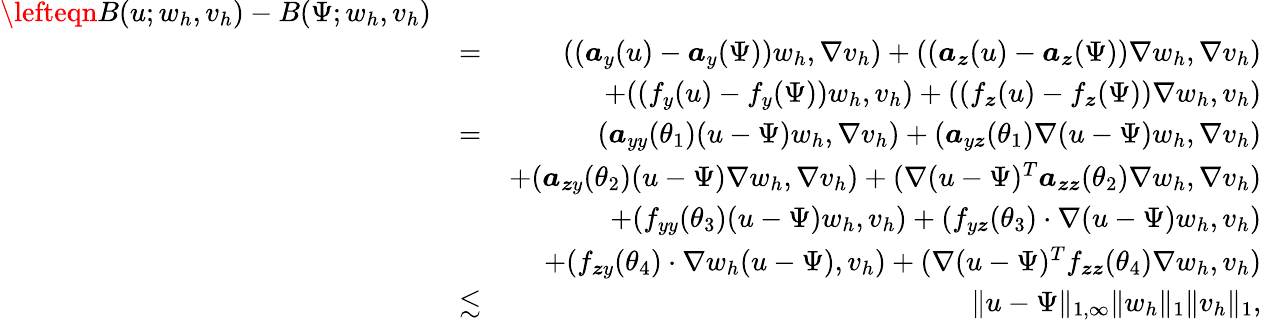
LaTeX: \begin{array}{rlr}{\lefteqn{B(u;w_{h},v_{h})-B(\Psi;w_{h},v_{h})}}\\ &{=}&{((\boldsymbol{a}_{y}(u)-\boldsymbol{a}_{y}(\Psi))w_{h},\nabla v_{h})+((\boldsymbol{a}_{\boldsymbol{z}}(u)-\boldsymbol{a}_{\boldsymbol{z}}(\Psi))\nabla w_{h},\nabla v_{h})}\\ &{}&{+((f_{y}(u)-f_{y}(\Psi))w_{h},v_{h})+((f_{\boldsymbol{z}}(u)-f_{\boldsymbol{z}}(\Psi))\nabla w_{h},v_{h})}\\ &{=}&{(\boldsymbol{a}_{yy}(\theta_{1})(u-\Psi)w_{h},\nabla v_{h})+(\boldsymbol{a}_{y\boldsymbol{z}}(\theta_{1})\nabla(u-\Psi)w_{h},\nabla v_{h})}\\ &{}&{+(\boldsymbol{a}_{\boldsymbol{z}y}(\theta_{2})(u-\Psi)\nabla w_{h},\nabla v_{h})+(\nabla(u-\Psi)^{T}\boldsymbol{a}_{\boldsymbol{zz}}(\theta_{2})\nabla w_{h},\nabla v_{h})}\\ &{}&{+(f_{yy}(\theta_{3})(u-\Psi)w_{h},v_{h})+(f_{y\boldsymbol{z}}(\theta_{3})\cdot\nabla(u-\Psi)w_{h},v_{h})}\\ &{}&{+(f_{\boldsymbol{z}y}(\theta_{4})\cdot\nabla w_{h}(u-\Psi),v_{h})+(\nabla(u-\Psi)^{T}f_{\boldsymbol{zz}}(\theta_{4})\nabla w_{h},v_{h})}\\ &{\lesssim}&{\| u-\Psi\| _{1,\infty}\| w_{h}\| _{1}\| v_{h}\| _{1},}\end{array}